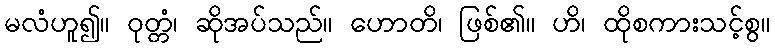
မလံဟူ၍။ ဝုတ္တံ၊ ဆိုအပ်သည်။ ဟောတိ၊ ဖြစ်၏။ ဟိ၊ ထိုစကားသင့်စွ။